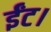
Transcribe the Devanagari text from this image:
ईंट।